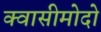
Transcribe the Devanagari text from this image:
क्वासीमोदो